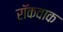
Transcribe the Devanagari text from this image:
रॉकवाक